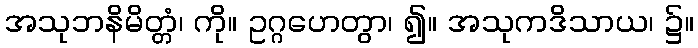
အသုဘနိမိတ္တံ၊ ကို။ ဥဂ္ဂဟေတွာ၊ ၍။ အသုကဒိသာယ၊ ၌။